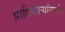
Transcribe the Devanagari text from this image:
प्राधिकाऱ्यांसमोर